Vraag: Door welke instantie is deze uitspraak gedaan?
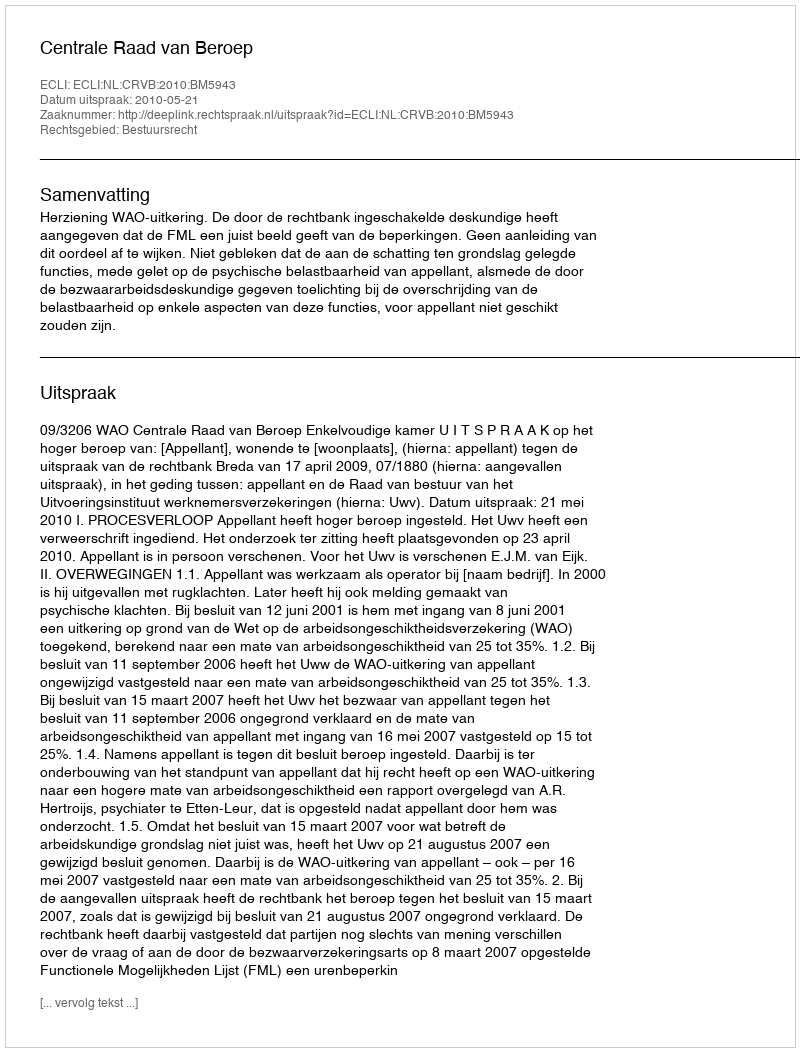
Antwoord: Centrale Raad van Beroep